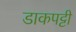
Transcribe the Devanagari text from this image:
डाकपट्टी